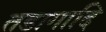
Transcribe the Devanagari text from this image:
तडागादि